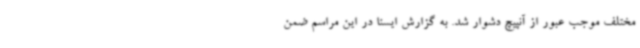
مختلف موجب عبور از آنپیچ دشوار شد. به گزارش ایسنا در این مراسم ضمن